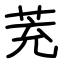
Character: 茺